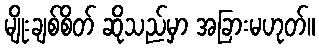
မျိုးချစ်စိတ် ဆိုသည်မှာ အခြားမဟုတ်။